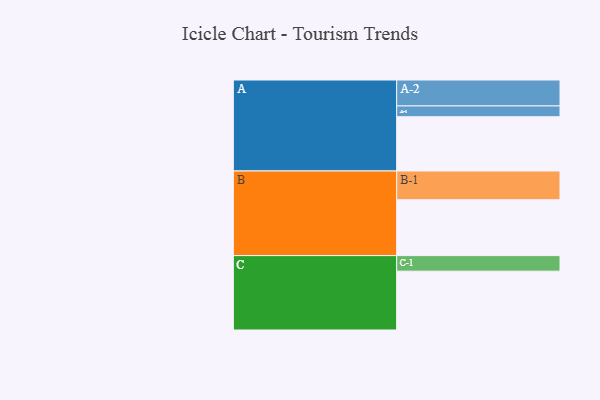
{"axis": {"x": "Segment", "y": "Value"}, "legend": ["", "A", "B", "C"], "data": [{"x": "A", "y": 366, "type": ""}, {"x": "B", "y": 377, "type": ""}, {"x": "C", "y": 397, "type": ""}, {"x": "A-1", "y": 73, "type": "A"}, {"x": "A-2", "y": 175, "type": "A"}, {"x": "B-1", "y": 194, "type": "B"}, {"x": "C-1", "y": 105, "type": "C"}]}